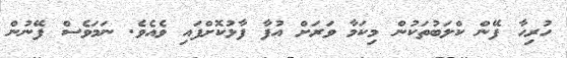
ހުރިހާ ފޭން ކްލަބުތަކުން މިކަމާ ވަރަށް އުފާ ފާޅުކޮށްފައި ވެއެވެ. ނަމަވެސް ފޭނުން